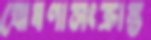
ঘোষণাসংক্রান্ত